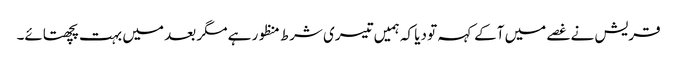
قریش نے غصے میں آکے کہہ تو دیا کہ ہمیں تیسری شرط منظور ہے مگر بعد میں بہت پچھتائے۔